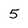
Character: 5